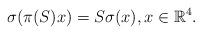
LaTeX: \begin{align*} \sigma(\pi(S) x) = S \sigma(x), x \in \mathbb{R}^{4}.\end{align*}